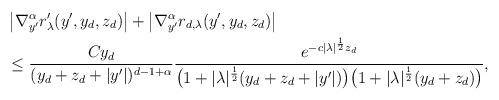
LaTeX: \begin{align*}& \left| \nabla_{y'}^\alpha r'_\lambda(y',y_d,z_d)\right|+\left| \nabla_{y'}^\alpha r_{d,\lambda}(y',y_d,z_d)\right| \\& \leq \frac{Cy_d}{(y_d + z_d +|y'|)^{d-1+\alpha}}\frac{e^{-c|\lambda|^{\frac 12}z_d}}{\big (1+|\lambda|^{\frac 12}(y_d+z_d + |y'|)\big )\big (1+|\lambda|^{\frac 12}(y_d+z_d)\big )},\end{align*}